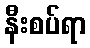
နီးစပ်ရာ